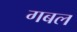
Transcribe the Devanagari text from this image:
गबल